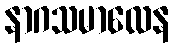
နာဂသမာလေန